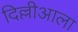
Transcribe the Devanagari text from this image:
दिल्लीआला